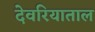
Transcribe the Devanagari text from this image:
देवरियाताल